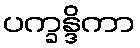
ပက္ခန္ဒိကာ